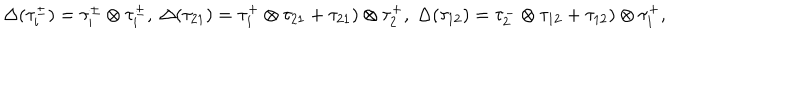
LaTeX: \Delta ( \tau _ { i } ^ { \pm } ) = \tau _ { i } ^ { \pm } \otimes \tau _ { i } ^ { \pm } , \ \Delta ( \tau _ { 2 1 } ) = \tau _ { 1 } ^ { + } \otimes \tau _ { 2 1 } + \tau _ { 2 1 } ) \otimes \tau _ { 2 } ^ { + } , \ \Delta ( \tau _ { 1 2 } ) = \tau _ { 2 } ^ { - } \otimes \tau _ { 1 2 } + \tau _ { 1 2 } ) \otimes \tau _ { 1 } ^ { + } ,